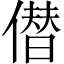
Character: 僣